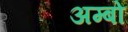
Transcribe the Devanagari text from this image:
अम्बों